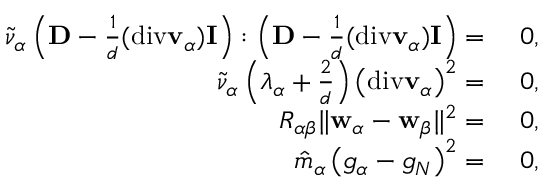
\begin{array} { r l } { \tilde { \nu } _ { \alpha } \left( \mathbf { D } - \frac { 1 } { d } ( \mathrm { d i v } \mathbf { v } _ { \alpha } ) \mathbf { I } \right) : \left( \mathbf { D } - \frac { 1 } { d } ( \mathrm { d i v } \mathbf { v } _ { \alpha } ) \mathbf { I } \right) = } & { ~ 0 , } \\ { \tilde { \nu } _ { \alpha } \left( \lambda _ { \alpha } + \frac { 2 } { d } \right) \left( \mathrm { d i v } \mathbf { v } _ { \alpha } \right) ^ { 2 } = } & { ~ 0 , } \\ { R _ { \alpha { \beta } } \| \mathbf { w } _ { \alpha } - \mathbf { w } _ { \beta } \| ^ { 2 } = } & { ~ 0 , } \\ { \hat { m } _ { \alpha } \left( g _ { \alpha } - g _ { N } \right) ^ { 2 } = } & { ~ 0 , } \end{array}